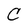
Character: C